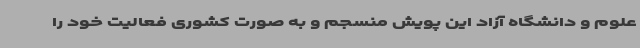
علوم و دانشگاه آزاد این پویش منسجم و به صورت کشوری‌ فعالیت خود را